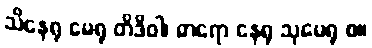
သိနေရု မေရု တိဒိဝါ၊ ဓာရော နေရု သုမေရု စ။